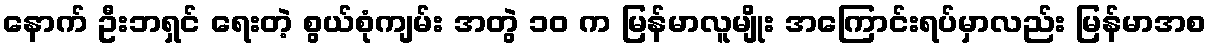
နောက် ဦးဘရှင် ရေးတဲ့ စွယ်စုံကျမ်း အတွဲ ၁၀ က မြန်မာလူမျိုး အကြောင်းရပ်မှာလည်း မြန်မာအစ